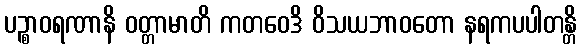
ပဉ္စာဝရဏာနိ ဝတ္တာမာတိ ကတဝေဒိ ဝိသယဘာဝတော နရကပပါတန္တိ